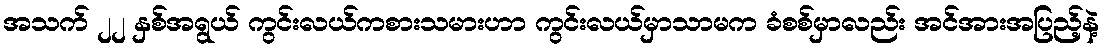
အသက် ၂၂ နှစ်အရွယ် ကွင်းလယ်ကစားသမားဟာ ကွင်းလယ်မှာသာမက ခံစစ်မှာလည်း အင်အားအပြည့်နဲ့